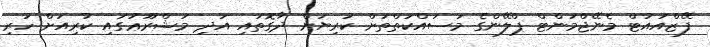
ފޭޒްއައުޓް މެނޭޖްމަންޓް ޕްލޭންގެ މަސައްކަތްތަށް ކުރިޔަށް ދާގޮތައި އަދި މަޝްރޫޢުގައި ކުރިއަށް ހުރި